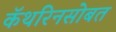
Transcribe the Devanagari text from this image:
कॅथरिनसोबत